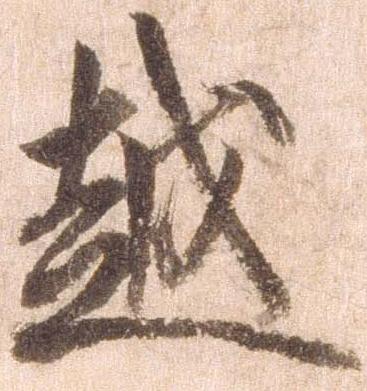
越